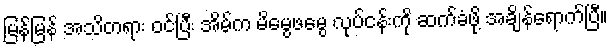
မြန်မြန် အသိတရား ဝင်ပြီး အိမ်က မိမွေဖမွေ လုပ်ငန်းကို ဆက်ခံဖို့ အချိန်ရောက်ပြီ။